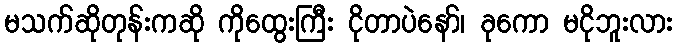
မသက်ဆိုတုန်းကဆို ကိုထွေးကြီး ငိုတာပဲနော်၊ ခုကော မငိုဘူးလား